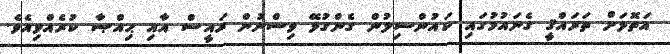
އަތޮޅަށް ތަރައްޤީ ގެނައުމުގައި ކައުންސިލުން ގެންގުޅޭ ވިސްނުން ރައީސް އާއި ޙިއްޞާ ކުރެއްވިއެވެ.